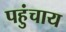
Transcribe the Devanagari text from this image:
पहुंचाय